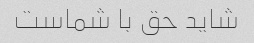
شاید حق با شماست